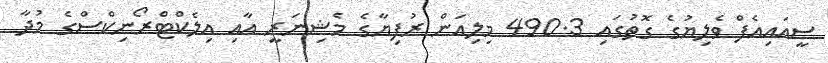
ސީއައިއެފް ވެލިޔުގެ ގޮތުގައި 490.3 މިލިއަން ރުފިޔާގެ މެޝިނަރީ އާއި އިލެކްޓްރޯނިކްސްގެ މުދާ